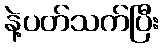
နဲ့ပတ်သက်ပြီး